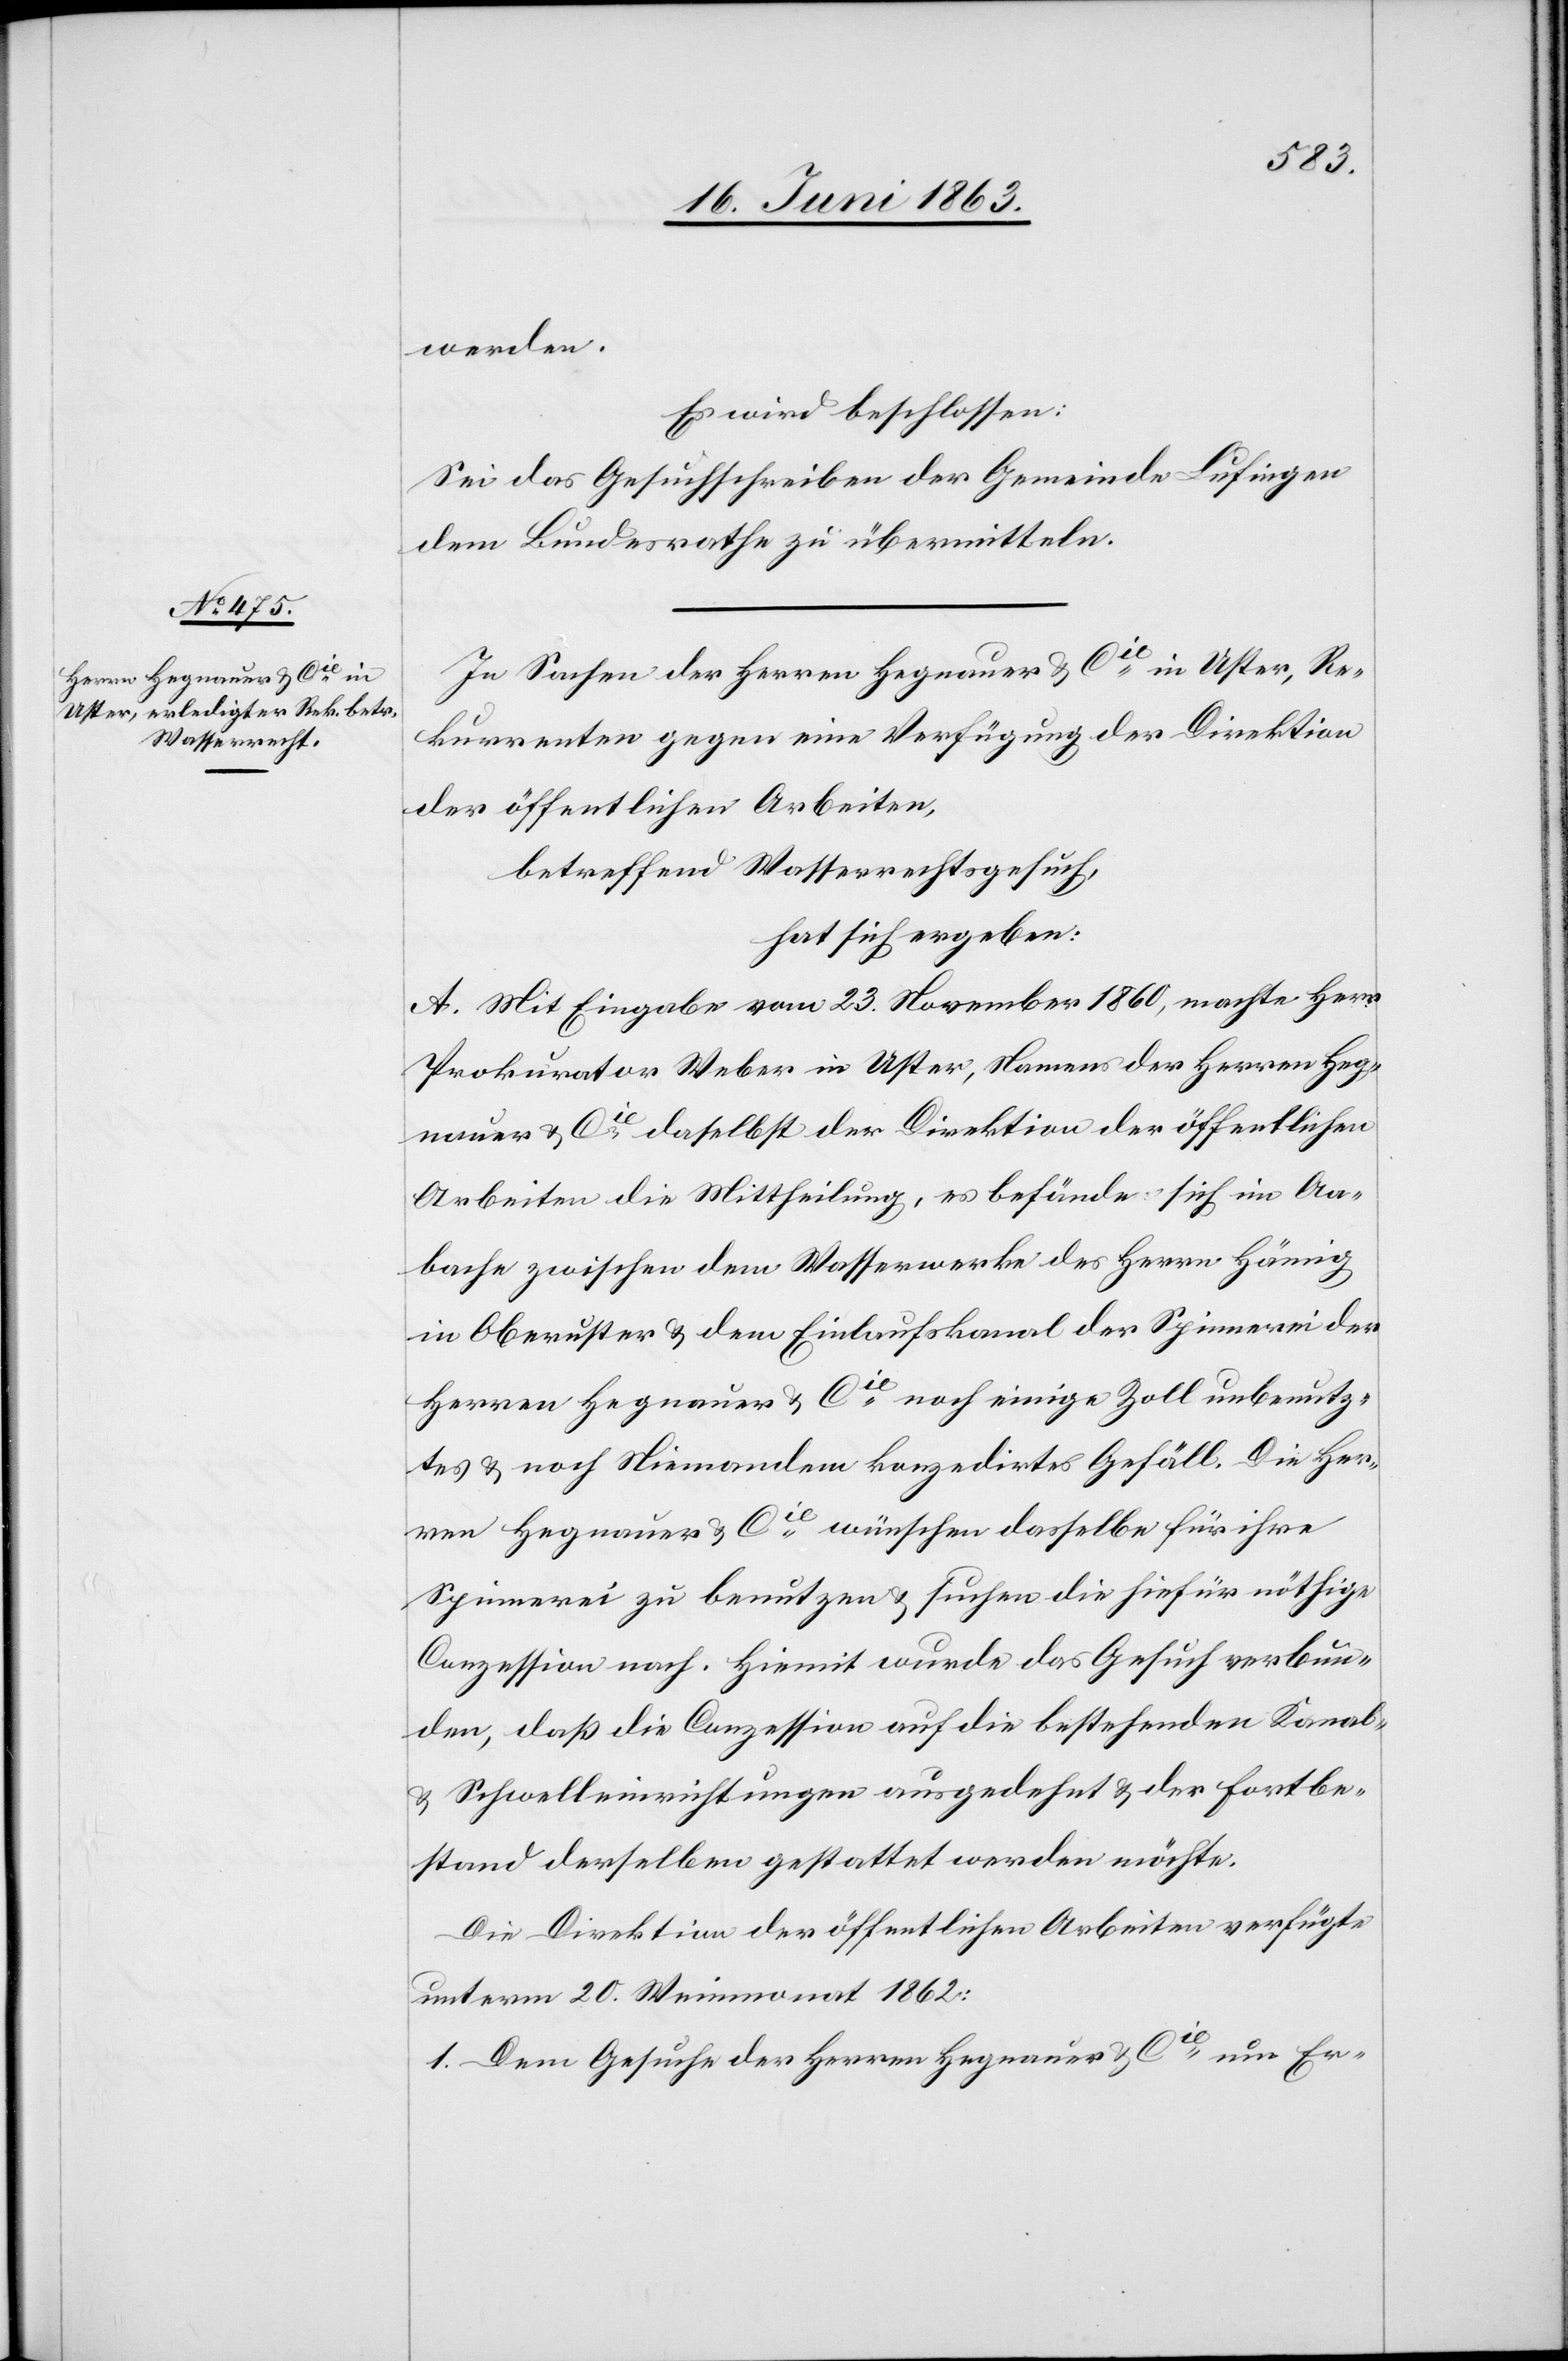
werden.
Es wird beschlossen:
Sei das Gesuchschreiben der Gemeinde Lufingen
dem Bundesrathe zu übermitteln.
In Sachen der Herren Hegnauer & Cie in Uster, Re¬
kurrenten gegen eine Verfügung der Direktion
der öffentlichen Arbeiten,
betreffend Wasserrechtsgesuch,
hat sich ergeben:
A. Mit Eingabe vom 23. November 1860, machte Herr
Prokurator Weber in Uster, Namens der Herren Heg¬
nauer & Cie daselbst der Direktion der öffentlichen
Arbeiten die Mittheilung, es befände sich im Aa¬
bache zwischen dem Wasserwerke des Herrn Hämig
in Oberuster & dem Einlaufskanal der Spinnerei der
Herren Hegnauer & Cie noch einige Zoll unbenutz¬
tes & noch Niemandem konzedirtes Gefäll. Die Her¬
ren Hegnauer & Cie wünschen dasselbe für ihre
Spinnerei zu benutzen & suchen die hiefür nöthige
Conzession nach. Hiemit wurde das Gesuch verbun¬
den, daß die Conzession auf die bestehenden Kanal-
& Schwelleinrichtungen ausgedehnt & der Fortbe¬
stand derselben gestattet werden möchte.
Die Direktion der öffentlichen Arbeiten verfügte
unterm 20. Weinmonat 1862:
1. Dem Gesuche der Herren Hegnauer & Cie um Er-